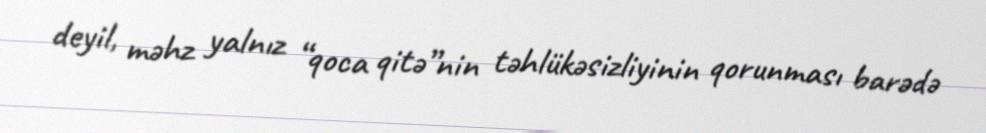
deyil, məhz yalnız “qoca qitə”nin təhlükəsizliyinin qorunması barədə